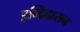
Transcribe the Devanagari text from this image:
इन्द्रिदासन